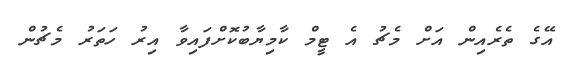
އޭގެ ތެރެއިން އަށް މެޗު އެ ޓީމް ކާމިޔާބުކޮށްފައިވާ އިރު ހަތަރު މެޗުން